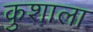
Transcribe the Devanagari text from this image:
कुशाला